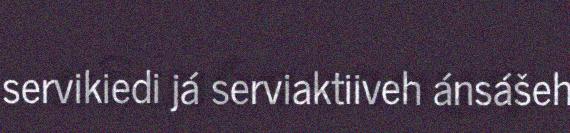
servikiedi já serviaktiiveh ánsášeh